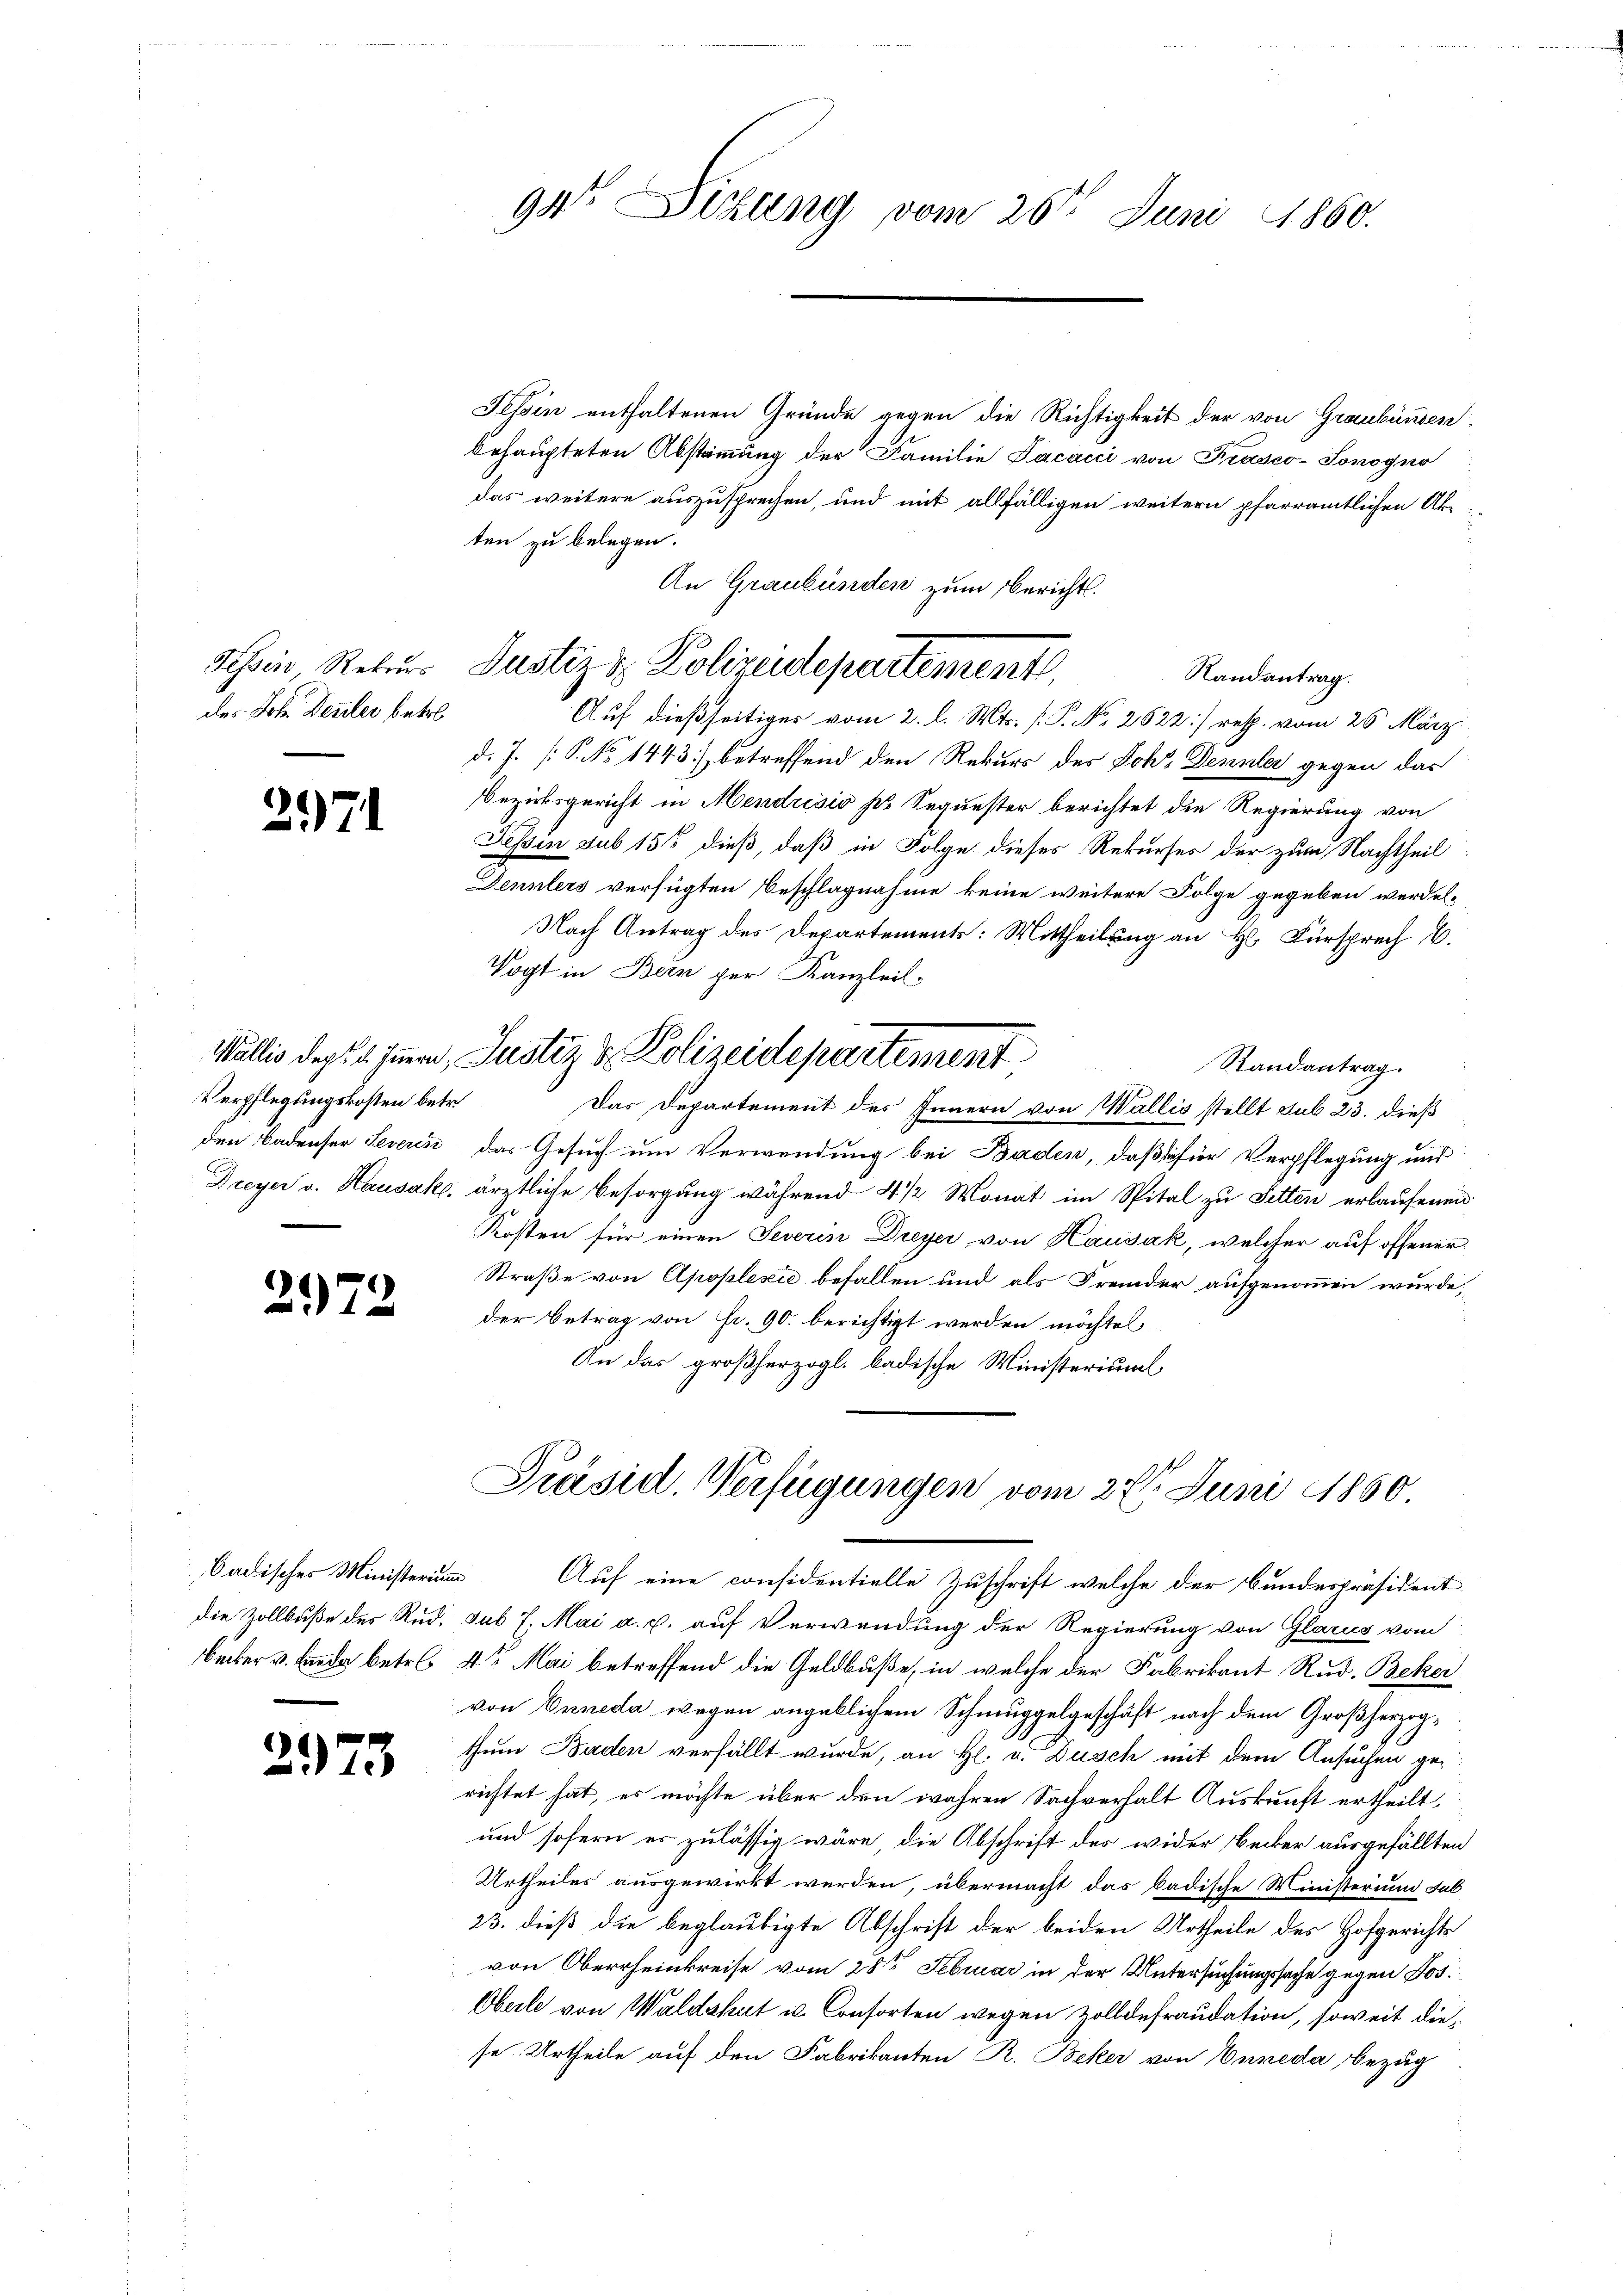
des Joh. Dezler betr.

2171

Verpflegungskosten betr.

2972

.
.
373

94° Sizung vom 26t Juni 1860.

Tessin enthaltenen Gründe gegen die Richtigkeit der von Graubünden
behaupteten Abstammung der Familie Facacci von Prasco-Sonogno
das weitere auszusprechen, und mit allfälligen weitern pfarramtlichen Ak
ten zu belegen.
An Graubünden zum Bericht.
Randantrag.
Auf dießseitiges vom 2. l. Mts. [P. No. 2622] resp. vom 26. März
d. J. P. No 1443) betreffend den Rekurs des Joh. Dennler gegen das
Bezirksgericht in Mendrisis pr Sequester berichtet die Regierung von
Fessen sub 15t dieß, daß in Folge dieses Rekurses der zum Nachtheil
Dennlers verfügten Beschlagnahme keine weitere Folge gegeben werden,
Nach Antrag des Departements: Mittheilung an H. Fürsprech C.
Vogt in Bern per Kanzleil-
Wallis des 14. Immer, Justiz & Polizeidepartement
Randantrag.
Das Departement des Innern von Wallis stellt sub 23. dieß
den Badenser Severin das Gesuch um Verwendung bei Baden, daß für Verpflegung und
Dreyer v. Hausak, ärztliche Besorgung während 4 1/2 Monat im Spital zu Sitten erlaufenen
Kosten für einen Severin Dreyer von Hausak, welcher auf offener
Straße von Apoplesie befallen und als Fremder aufgenommen wurde,
der Betrag von Fr. 90. berichtigt werden möchten
An das großherzogl. badische Ministerium,

ssin, Rekurs Justiz & Polizeidepartement,

Präsid. Verfügungen vom 27. Juni 1850.

badisches Ministerium Auf eine considentielle Zuschrift welche der Bundespräsident
die Zollbuße des Rud. sub 7. Mai a. p. auf Verwendung der Regierung von Glarus vom
Bucker v. Lande betr. 4. Mai betreffend die Geldbuße, in welche der Fabrikant Rud. Beker
von Enneda wegen angeblichem Schmuggelgeschäft nach dem Großherzogthum Baden verfällt wurde, an H. v. Dusch mit dem Ansuchen gerichtet hat, es möchte über den wahren Sachverhalt Auskunft ertheilt,
und sofern er zulässig wäre, die Abschrift des wider Becker ausgefällten
Urtheiles ausgewirkt werden, übermacht das badische Ministerium sub¬
23. dieß die beglaubigte Abschrift der beiden Urtheile des Hofgerichts
von Oberrheinkreise vom 28ten Februar in der Untersuchungssache gegen Jos.
Oberle von Waldshut u. Consorten wegen Zolldefraudation, soweit diese. Urtheile auf den Fabrikanten R. Beker von Enneda Bezug